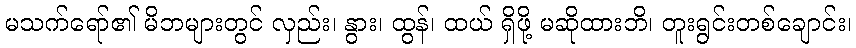
မသက်ရော်၏ မိဘများတွင် လှည်း၊ နွား၊ ထွန်၊ ထယ် ရှိဖို့ မဆိုထားဘိ၊ တူးရွင်းတစ်ချောင်း၊